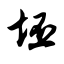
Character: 坯